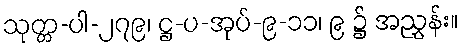
သုတ္တ-ပါ-၂၇၉၊ ဋ္ဌ-ပ-အုပ်-၉-၁၁၊ ၉ ၌ အညွှန်း။